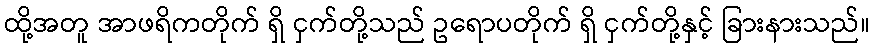
ထို့အတူ အာဖရိကတိုက် ရှိ ငှက်တို့သည် ဥရောပတိုက် ရှိ ငှက်တို့နှင့် ခြားနားသည်။